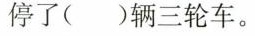
停了( )辆三轮车。